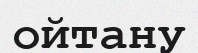
ойтану